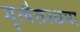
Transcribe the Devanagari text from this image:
मृत्यैतरधमा